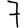
Digit: 7